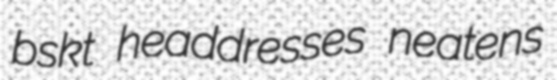
bskt headdresses neatens